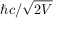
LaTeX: \hbar c / { \sqrt { 2 V } }